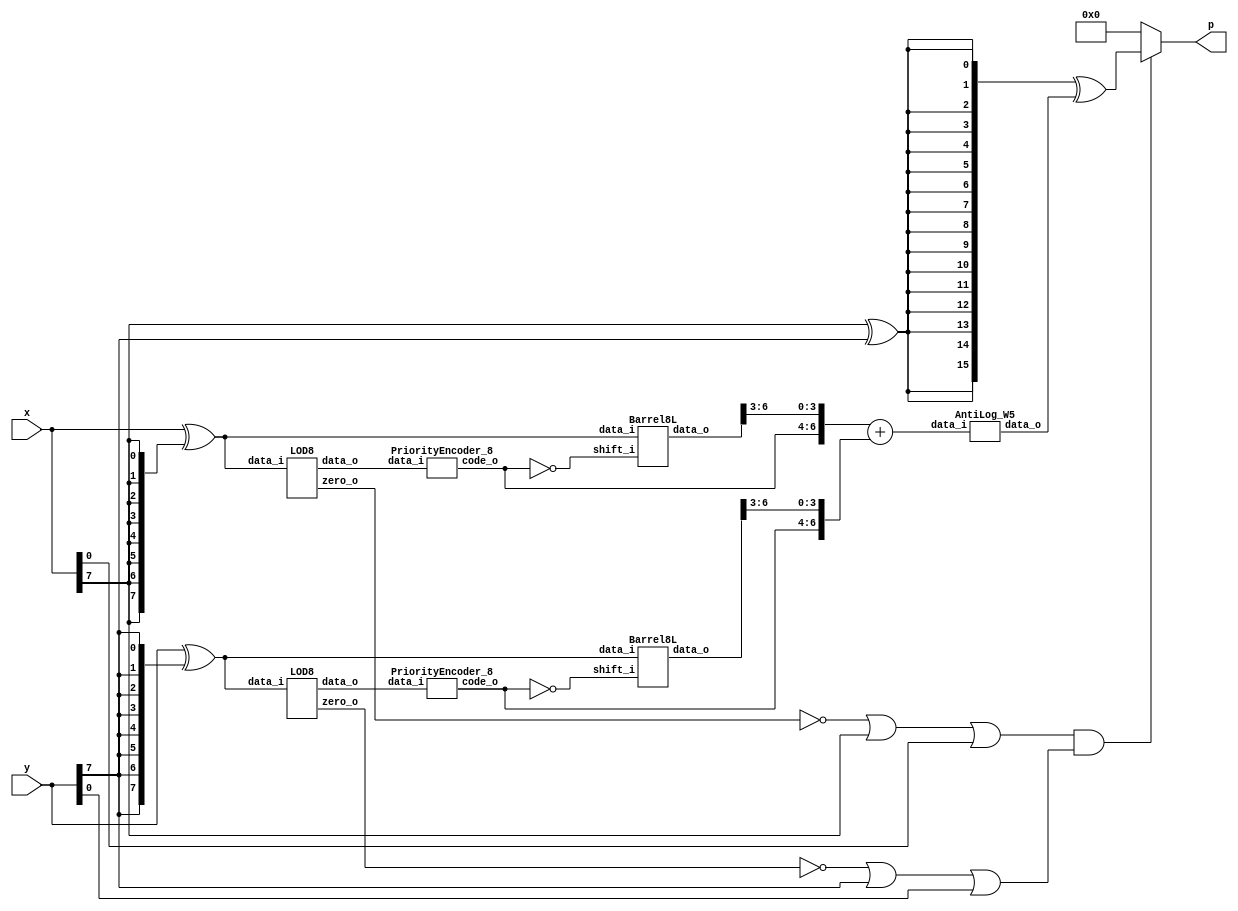
`timescale 1ns / 1ps
//////////////////////////////////////////////////////////////////////////////////
// Company: 
// Engineer: 
// 
// Design Name: 
// Module Name: ROBA
// Project Name: 
// Target Devices: 
// Tool Versions: 
// Description: 
// 
// Dependencies: 
// 
// Revision:
// Revision 0.01 - File Created
// Additional Comments:
// 
//////////////////////////////////////////////////////////////////////////////////

module MITCH_TRUNC_W5(
    input [7:0] x,
    input [7:0] y,
    output [15:0] p
    );

    // Generate abs values
	wire [7:0] x_abs;
	wire [7:0] y_abs;

	// Going for X_abs
	assign x_abs = x ^ {8{x[7]}};


	// Going for Y_abs
	assign y_abs = y ^ {8{y[7]}};

			 
	// LOD x
	wire [7:0] kx;
	wire zero_x;
	wire [2:0] code_x;    

    LOD8 LODx (
		.data_i(x_abs),
		.zero_o(zero_x),
		.data_o(kx)
	 ); 
	 

	PriorityEncoder_8 PEx (
		.data_i(kx),
		.code_o(code_x)
	 ); 

	// LOD y

	wire [7:0] ky;
	wire zero_y;
	wire [2:0] code_y;

	LOD8 LODy (
		.data_i(y_abs),
		.zero_o(zero_y),
		.data_o(ky)
	 ); 

	PriorityEncoder_8 PEy (
			.data_i(ky),
			.code_o(code_y)
		 ); 

    // Barell shift X
	
	wire [2:0] code_x_inv;
	wire [7:0] barrel_x;
	
	assign code_x_inv = ~code_x;
	
	Barrel8L BShiftx (
		.data_i(x_abs),
		.shift_i(code_x_inv),
		.data_o(barrel_x)
 	 ); 
	
    // Barell shift Y
	wire [2:0] code_y_inv;
	wire [7:0] barrel_y;
	
	assign code_y_inv = ~code_y;
	
	Barrel8L BShifty (
		.data_i(y_abs),
		.shift_i(code_y_inv),
		.data_o(barrel_y)
 	 );

    // Addition of Op1 and Op2
	// Here comes the truncation trend [15-1:16-6]
	wire [7:0] op1;
	wire [7:0] op2;
	wire [7:0] L;
	
	assign op1 = {1'b0,code_x,barrel_x[6:3]};
	assign op2 = {1'b0,code_y,barrel_y[6:3]};
	
    assign L = op1 + op2;
    
    wire [15:0] tmp_out; 
	AntiLog_W5 anti_log(
		.data_i(L),
		.data_o(tmp_out)
	);
	// xor 
	wire prod_sign; 
	wire [15:0] tmp_sign;
	
	assign prod_sign = x[7] ^ y[7];
	assign tmp_sign = {16{prod_sign}} ^ tmp_out;
	
	// is zero 
	wire not_zero;
	assign not_zero = (~zero_x | x[7] | x[0]) & (~zero_y | y[7] | y[0]);
	
	assign p = not_zero ? tmp_sign : 16'b0;


endmodule

module AntiLog_W5(
	input [7:0] data_i,  
	output [15:0] data_o
	);
	
	// L1 Barell
	wire [12:0] l1_in;
	wire [12:0] l1_out;
	assign l1_in = {8'b0,1'b1,data_i[3:0]};
    wire [3:0] tmp_l1_enc;
	wire [3:0] l1_enc;
	
	assign tmp_l1_enc = {1'b0,data_i[6:4]};
	
	
	carry_lookahead_inc INC_INST(
	        .i_add1(tmp_l1_enc),
	        .o_result(l1_enc)
	        );
	        
	
	Barrel13L L1shift (
		.data_i(l1_in),
		.shift_i(l1_enc),
		.data_o(l1_out)
 	 );
	
	
	// R Barell 
	wire [4:0] r_in;
	wire [4:0] r_out;
	wire [2:0] enc;
	
	assign enc = ~data_i[6:4];
	assign r_in = {1'b1,data_i[3:0]};
	
	Barrel5R Rshift (
		.data_i(r_in),
		.shift_i(enc),
		.data_o(r_out)
 	 );
	 
	// And
	wire lr;
	wire [7:0] out_msb;
	
	assign lr = data_i[7];
	assign out_msb = {8{lr}} & l1_out[12:5];
	
	// mux
	wire [4:0] out_lsb;
	assign out_lsb = lr ? l1_out[4:0] : r_out[4:0];
	
	// concanate
	assign data_o = {out_msb,out_lsb,3'b0};
	
endmodule

module LOD8(
    input [7:0] data_i,
    output zero_o,
    output [7:0] data_o
    );
	
    wire [7:0] z;
    wire [1:0] zdet;
    wire [1:0] select;
    //*****************************************
    // Zero detection logic:
    //*****************************************
    assign zdet[1] = |(data_i[7:4]) ;
    assign zdet[0] = |(data_i[3:0]);
    assign zero_o = ~( zdet[1] | zdet[0]);
    //*****************************************
    // LODs:
    //*****************************************
    LOD4 lod2_1 (
        .data_i(data_i[7:4]), 
        .data_o(z[7:4])
        );
    LOD4 lod2_0 (
        .data_i(data_i[3:0]), 
        .data_o(z[3:0])
        );
    //*****************************************
    // Select signals
    //*****************************************    
    LOD2 Middle(
        .data_i(zdet), 
        .data_o(select)       
    );

	 //*****************************************
	 // Multiplexers :
	 //*****************************************
	wire [7:0] tmp_out;
	

	Muxes2in1Array4 Inst_MUX214_1 (
        .data_i(z[7:4]), 
        .select_i(select[1]), 
        .data_o(tmp_out[7:4])
    );

    Muxes2in1Array4 Inst_MUX214_0 (
        .data_i(z[3:0]), 
        .select_i(select[0]), 
        .data_o(tmp_out[3:0])
    );


    // One hot
    assign data_o = tmp_out;

    
endmodule

module LOD4(
    input [3:0] data_i,
    output [3:0] data_o
    );
	 
    
    wire mux0;
    wire mux1;
    wire mux2;
    
    // multiplexers:
    assign mux2 = (data_i[3]==1) ? 1'b0 : 1'b1;
    assign mux1 = (data_i[2]==1) ? 1'b0 : mux2;
    assign mux0 = (data_i[1]==1) ? 1'b0 : mux1;
    
    //gates and IO assignments:
    assign data_o[3] = data_i[3];
    assign data_o[2] =(mux2 & data_i[2]);
    assign data_o[1] =(mux1 & data_i[1]);
    assign data_o[0] =(mux0 & data_i[0]);

endmodule

module LOD2(
    input [1:0] data_i,
    output [1:0] data_o
    );
	 
    assign data_o[1] = data_i[1];
    assign data_o[0] = ~data_i[1] & data_i[0];

endmodule

module Muxes2in1Array4(
    input [3:0] data_i,
    input select_i,
    output [3:0] data_o
    );

	assign data_o[3] = select_i ? data_i[3] : 1'b0;
	assign data_o[2] = select_i ? data_i[2] : 1'b0;
	assign data_o[1] = select_i ? data_i[1] : 1'b0;
	assign data_o[0] = select_i ? data_i[0] : 1'b0;
	
endmodule

module PriorityEncoder_8(
    input [7:0] data_i,
    output [2:0] code_o
    );
    
    wire [3:0] tmp0;
    assign tmp0 = {data_i[7],data_i[5],data_i[3],data_i[1]};
    OR_tree code0(tmp0,code_o[0]);
    
    wire [3:0] tmp1;
    assign tmp1 = {data_i[7],data_i[6],data_i[3],data_i[2]};
    OR_tree code1(tmp1,code_o[1]);
    
    wire [3:0] tmp2;
    assign tmp2 = {data_i[7],data_i[6],data_i[5],data_i[4]};
    OR_tree code2(tmp2,code_o[2]);
    

endmodule

module OR_tree(
    input [3:0] data_i,
    output data_o
    );
    
    wire [1:0] tmp1;
    
    assign tmp1 = data_i[1:0] | data_i[3:2];
    assign data_o = tmp1[0] | tmp1[1];
endmodule

module Barrel8L(
    input [7:0] data_i,
    input [2:0] shift_i,
    output reg [7:0] data_o
    );
	 
   
   always @*
      case (shift_i)
         3'b000: data_o = data_i;
         3'b001: data_o = data_i << 1;
         3'b010: data_o = data_i << 2;
         3'b011: data_o = data_i << 3;
         3'b100: data_o = data_i << 4;
         3'b101: data_o = data_i << 5;
         3'b110: data_o = data_i << 6;
         default: data_o = data_i << 7;
      endcase
endmodule


module Barrel13L(
    input [12:0] data_i,
    input [3:0] shift_i,
    output reg [12:0] data_o
    );
	 
   
   always @*
      case (shift_i)
         4'b0000: data_o = data_i;
         4'b0001: data_o = data_i << 1;
         4'b0010: data_o = data_i << 2;
         4'b0011: data_o = data_i << 3;
         4'b0100: data_o = data_i << 4;
         4'b0101: data_o = data_i << 5;
         4'b0110: data_o = data_i << 6;
         4'b0111: data_o = data_i << 7;
         default:  data_o = data_i << 8;
      endcase
endmodule

module Barrel5R(
    input [4:0] data_i,
    input [2:0] shift_i,
    output reg [4:0] data_o
    );
	 
   
   always @*
      case (shift_i)
         3'b000: data_o = data_i;
         3'b001: data_o = data_i >> 1;
         3'b010: data_o = data_i >> 2;
         3'b011: data_o = data_i >> 3;
         3'b100: data_o = data_i >> 4;
         3'b101: data_o = data_i >> 5;
         3'b110: data_o = data_i >> 6;
         default: data_o = data_i >> 7;
      endcase
endmodule

module carry_lookahead_inc
  (
   input [3:0] i_add1,
   output [3:0]  o_result
   );
     
  wire [4:0]     w_C;
  wire [3:0]   w_SUM;
 
  // Create the HA Adders
  genvar  ii;
  generate 
    for (ii=0; ii<4; ii=ii+1) 
      begin: oncetold
         assign w_SUM[ii] = i_add1[ii] ^ w_C[ii];
      end
  endgenerate
 
  // Create the Generate (G) Terms:  Gi=Ai*Bi
  // Create the Propagate Terms: Pi=Ai+Bi
  // Create the Carry Terms:
  genvar jj;
  generate
    for (jj=0; jj<4; jj=jj+1) 
      begin : somebody
        assign w_C[jj+1] = (i_add1[jj] & w_C[jj]);
      end
  endgenerate
   
  assign w_C[0] = 1'b1; // Input carry is 1
 
  assign o_result =  w_SUM;   // Verilog Concatenation
 
endmodule // carry_lookahead_adder